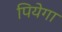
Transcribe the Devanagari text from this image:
पियेगा